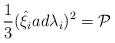
LaTeX: \begin{align*}\frac{1}{3}({\hat{\xi}}_iad{\lambda}_i)^2={\cal P}\end{align*}